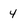
Character: 4